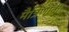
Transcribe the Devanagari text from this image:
मैत्रिणींनी